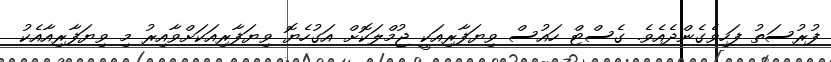
ފުރުސަތު ފަހިވެގެންދެއެވެ. ގެސްޓް ހައުސް ވިޔަފާރިއަކީ ޖުމްލަކޮށް އަގުހެޔޮ ވިޔަފާރިއަކަށްވާއިރު މި ވިޔަފާރިއާއެކު